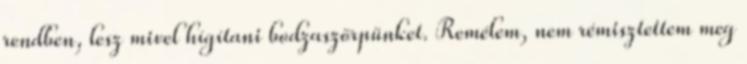
rendben, lesz mivel hígítani bodzaszörpünket. Remélem, nem rémisztettem meg